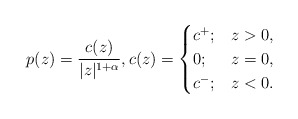
\begin{align*}p(z) = \frac{c(z)}{|z|^{1+\alpha}}, c(z) =\begin{cases}c^+; & z>0,\\0; & z=0,\\c^-; &z <0.\end{cases}\end{align*}